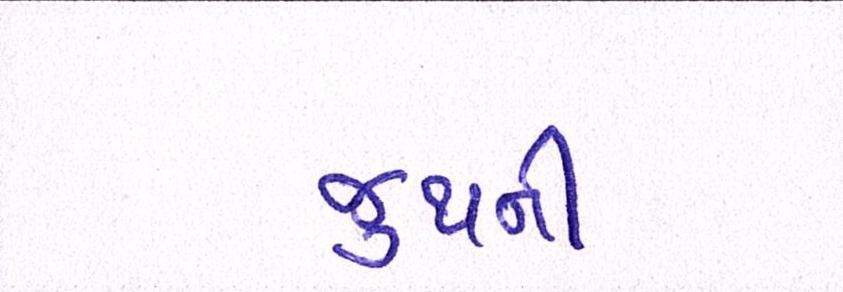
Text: જુથની